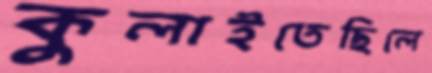
কুলাইতেছিলে